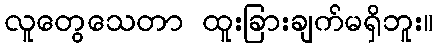
လူတွေသေတာ ထူးခြားချက်မရှိဘူး။